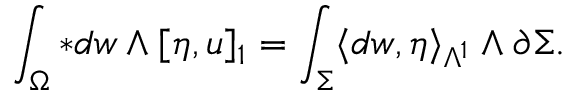
\int _ { \Omega } \ast d w \wedge [ \eta , u ] _ { 1 } = \int _ { \Sigma } \langle d w , \eta \rangle _ { \Lambda ^ { 1 } } \wedge \partial \Sigma .